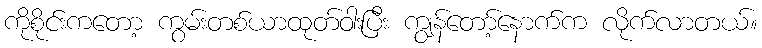
ကိုစိုင်းကတော့ ကွမ်းတစ်ယာထုတ်ဝါးပြီး ကျွန်တော့်နောက်က လိုက်လာတယ်။